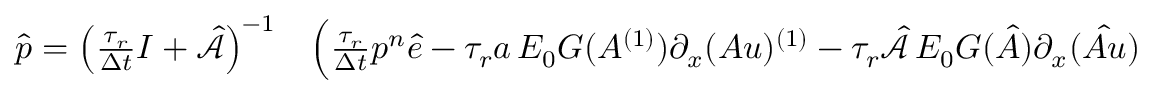
\begin{array} { r l } { \hat { \boldsymbol { p } } = \left( \frac { \tau _ { r } } { \Delta t } \boldsymbol { I } + \hat { \mathcal { A } } \right) ^ { - 1 } } & { { } \Big ( \frac { \tau _ { r } } { \Delta t } p ^ { n } \boldsymbol { \hat { e } } - \tau _ { r } \boldsymbol { a } \, E _ { 0 } G ( A ^ { ( 1 ) } ) \partial _ { x } ( A u ) ^ { ( 1 ) } - \tau _ { r } \hat { \mathcal { A } } \, E _ { 0 } \boldsymbol { G } ( \boldsymbol { \hat { A } } ) \partial _ { x } ( \boldsymbol { \hat { A u } } ) } \end{array}